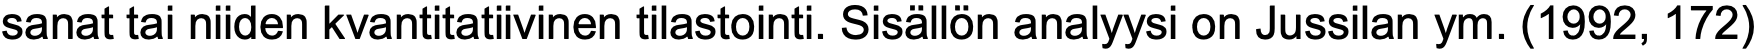
sanat tai niiden kvantitatiivinen tilastointi. Sisällön analyysi on Jussilan ym. (1992, 172)